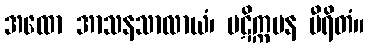
အထော အာသနသာလာယံ၊ ပဋိက္ကမန မီရိတံ။